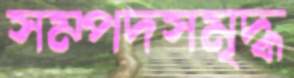
সম্পদসমৃদ্ধ